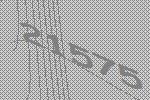
21575